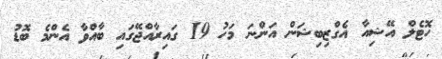
ހޮޓެލް އޭޝިއާ އެގްޒިބިޝަން އަންނަ މަހު 19 ގައިރާއްޖޭގައި ބާއްވާ އެންމެ ބޮޑު